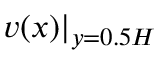
v ( x ) | _ { y = 0 . 5 H }